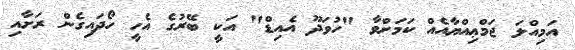
އަމިއްލަ ޖަމްޢިއްޔާއެއް ކަމަށްވާ "ހުވަދޫ އެއިޑް" އަކީ ބޭރުގެ އެހީ ހޯދައިގެން ރަށާއި